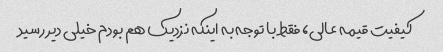
کیفیت قیمه عالی، فقط با توجه به اینکه نزدیک هم بودم خیلی دیر رسید